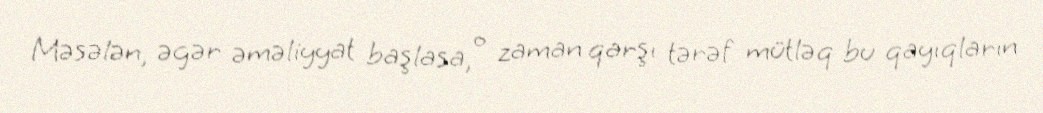
Məsələn, əgər əməliyyat başlasa, o zaman qarşı tərəf mütləq bu qayıqların